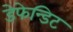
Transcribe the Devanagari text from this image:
डेफेन्डिट